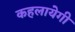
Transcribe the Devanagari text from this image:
कहलायेगी